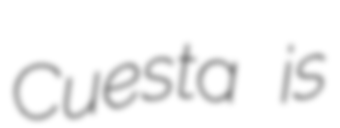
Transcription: Cuesta is